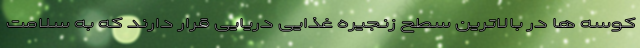
کوسه ها در بالاترین سطح زنجیره غذایی دریایی قرار دارند که به سلامت